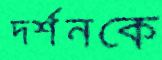
দর্শনকে